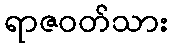
ရာဇဝတ်သား